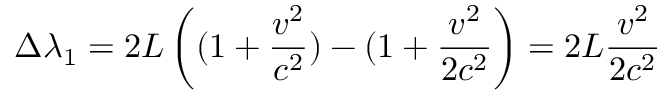
\Delta { \lambda } _ { 1 } = 2 L \left( ( 1 + { \frac { v ^ { 2 } } { c ^ { 2 } } } ) - ( 1 + { \frac { v ^ { 2 } } { 2 c ^ { 2 } } } \right) = { 2 L } { \frac { v ^ { 2 } } { 2 c ^ { 2 } } }